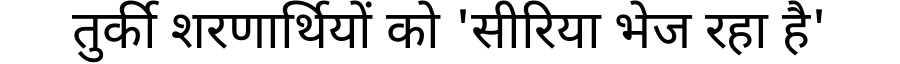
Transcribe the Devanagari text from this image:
तुर्की शरणार्थियों को 'सीरिया भेज रहा है'